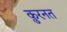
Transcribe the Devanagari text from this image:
क़ुरनत